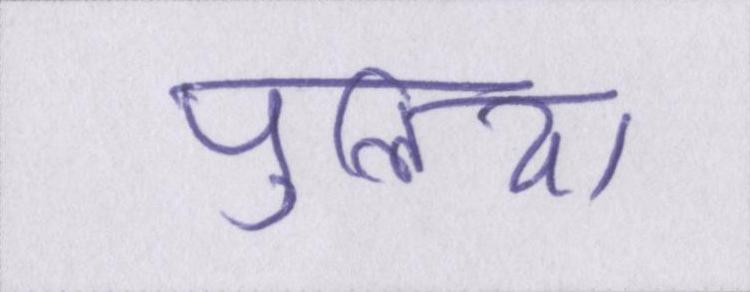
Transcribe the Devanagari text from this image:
पुलिया